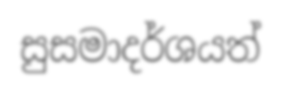
සුසමාදර්ශයත්